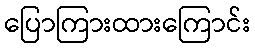
ပြောကြားထားကြောင်း